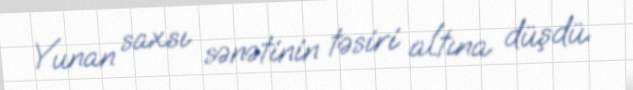
Yunan saxsı sənətinin təsiri altına düşdü.